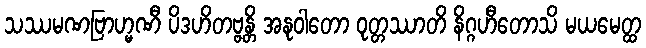
သဿမဏဗြာဟ္မဏီ ပိဒဟိတဗ္ဗန္တိ အနုဝါတော ဝုတ္တဿာတိ နိဂ္ဂဟီတောသိ မယမေတ္ထ